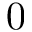
0